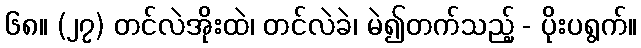
၆၈။ (၂၇) တင်လဲအိုးထဲ၊ တင်လဲခဲ၊ မဲ၍တက်သည့် - ပိုးပရွက်။